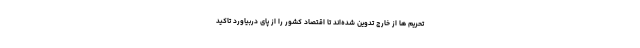
تحریم ها از خارج تدوین شده‌اند تا اقتصاد کشور را از پای دربیاورد تاکید